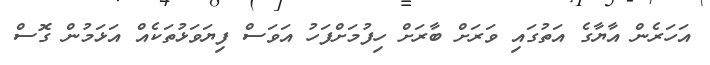
އަހަރެން އާޔާގެ އަތުގައި ވަރަށް ބާރަށް ހިފުމަށްފަހު އަވަސް ފިޔަވަޅުތަކެއް އަޅަމުން ގޮސް